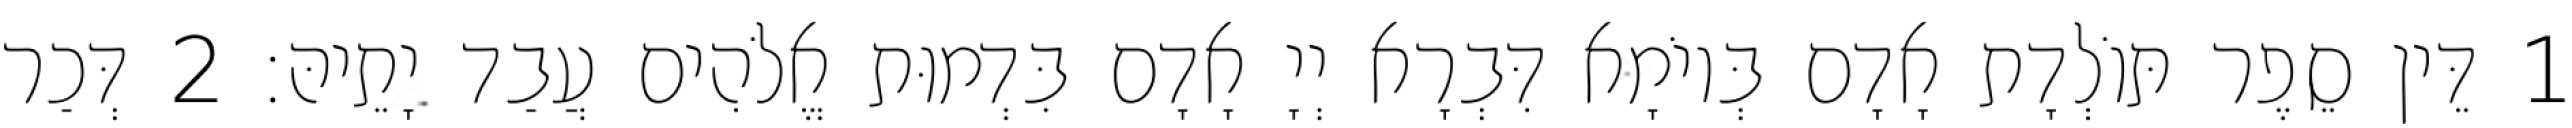
1 דֵּין סֵפֶר תּוֹלְדָת אָדָם בְּיוֹמָא דִּבְרָא יְיָ אָדָם בִּדְמוּת אֱלֹהִים עֲבַד יָתֵיהּ׃ 2 דְּכַר